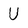
Character: U